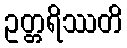
ဥတ္တရိဿတိ